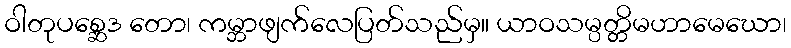
ဝါတုပစ္ဆေဒ တော၊ ကမ္ဘာဖျက်လေပြတ်သည်မှ။ ယာဝသမ္ပတ္တိမဟာမေဃော၊